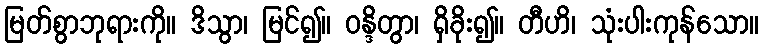
မြတ်စွာဘုရားကို။ ဒိသွာ၊ မြင်၍။ ဝန္ဒိတွာ၊ ရှိခိုး၍။ တီဟိ၊ သုံးပါးကုန်သော။